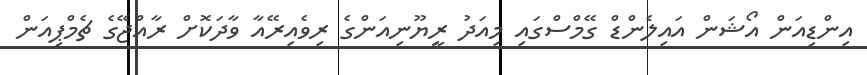
އިންޑިއަން އޯޝަން އައިލެންޑް ގޭމްސްގައި މިއަދު ރީޔޫނިއަންގެ ރިވެއިރޭއާ ވާދަކޮށް ރާއްޖޭގެ ޗެމްޕިއަން